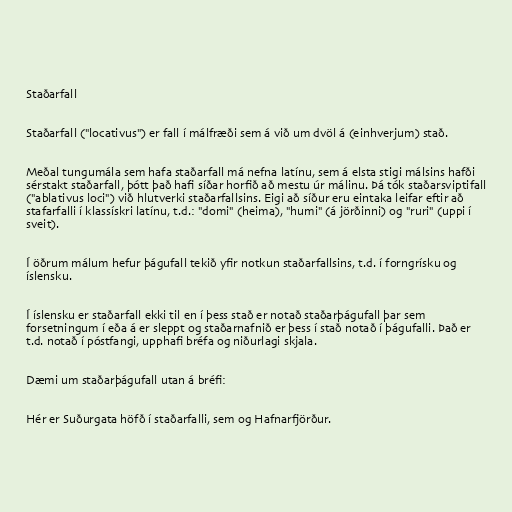
Staðarfall

Staðarfall ("locativus") er fall í málfræði sem á við um dvöl á (einhverjum) stað.

Meðal tungumála sem hafa staðarfall má nefna latínu, sem á elsta stigi málsins hafði
sérstakt staðarfall, þótt það hafi síðar horfið að mestu úr málinu. Þá tók staðarsviptifall
("ablativus loci") við hlutverki staðarfallsins. Eigi að síður eru eintaka leifar eftir að
stafarfalli í klassískri latínu, t.d.: "domi" (heima), "humi" (á jörðinni) og "ruri" (uppi í
sveit).

Í öðrum málum hefur þágufall tekið yfir notkun staðarfallsins, t.d. í forngrísku og
íslensku.

Í íslensku er staðarfall ekki til en í þess stað er notað staðarþágufall þar sem
forsetningum í eða á er sleppt og staðarnafnið er þess í stað notað í þágufalli. Það er
t.d. notað í póstfangi, upphafi bréfa og niðurlagi skjala.

Dæmi um staðarþágufall utan á bréfi:

Hér er Suðurgata höfð í staðarfalli, sem og Hafnarfjörður.